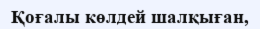
Қоғалы көлдей шалқыған,